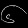
Digit: ၆